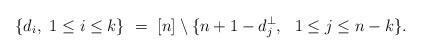
LaTeX: \begin{align*} \{d_i, \ 1 \leq i \leq k\} \ = \ [n] \setminus \{n + 1 - d_j^{\perp}, \ \ 1 \leq j \leq n-k \}. \end{align*}